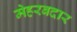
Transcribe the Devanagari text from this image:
मेहरबदार